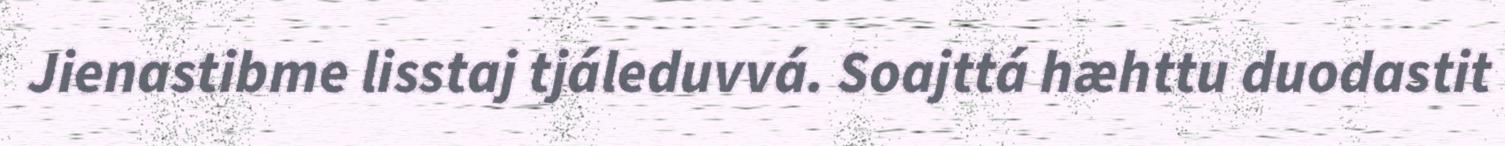
Jienastibme lisstaj tjáleduvvá. Soajttá hæhttu duodastit